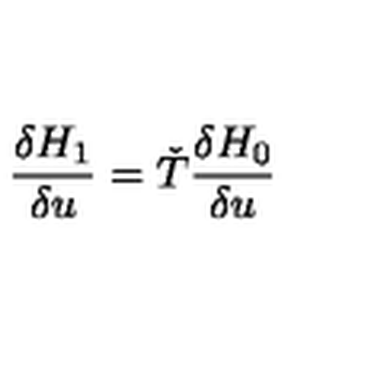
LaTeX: { \frac { \delta H _ { 1 } } { \delta u } } = { \check { T } } { \frac { \delta H _ { 0 } } { \delta u } }